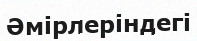
Әмірлеріндегі